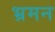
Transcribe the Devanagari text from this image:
भ्रमन